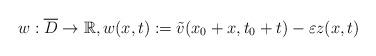
LaTeX: \begin{align*}w: \overline D\to\mathbb R, w(x,t):=\tilde v(x_0+x,t_0+t)-\varepsilon z(x,t) \end{align*}